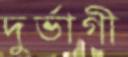
দুর্ভাগী